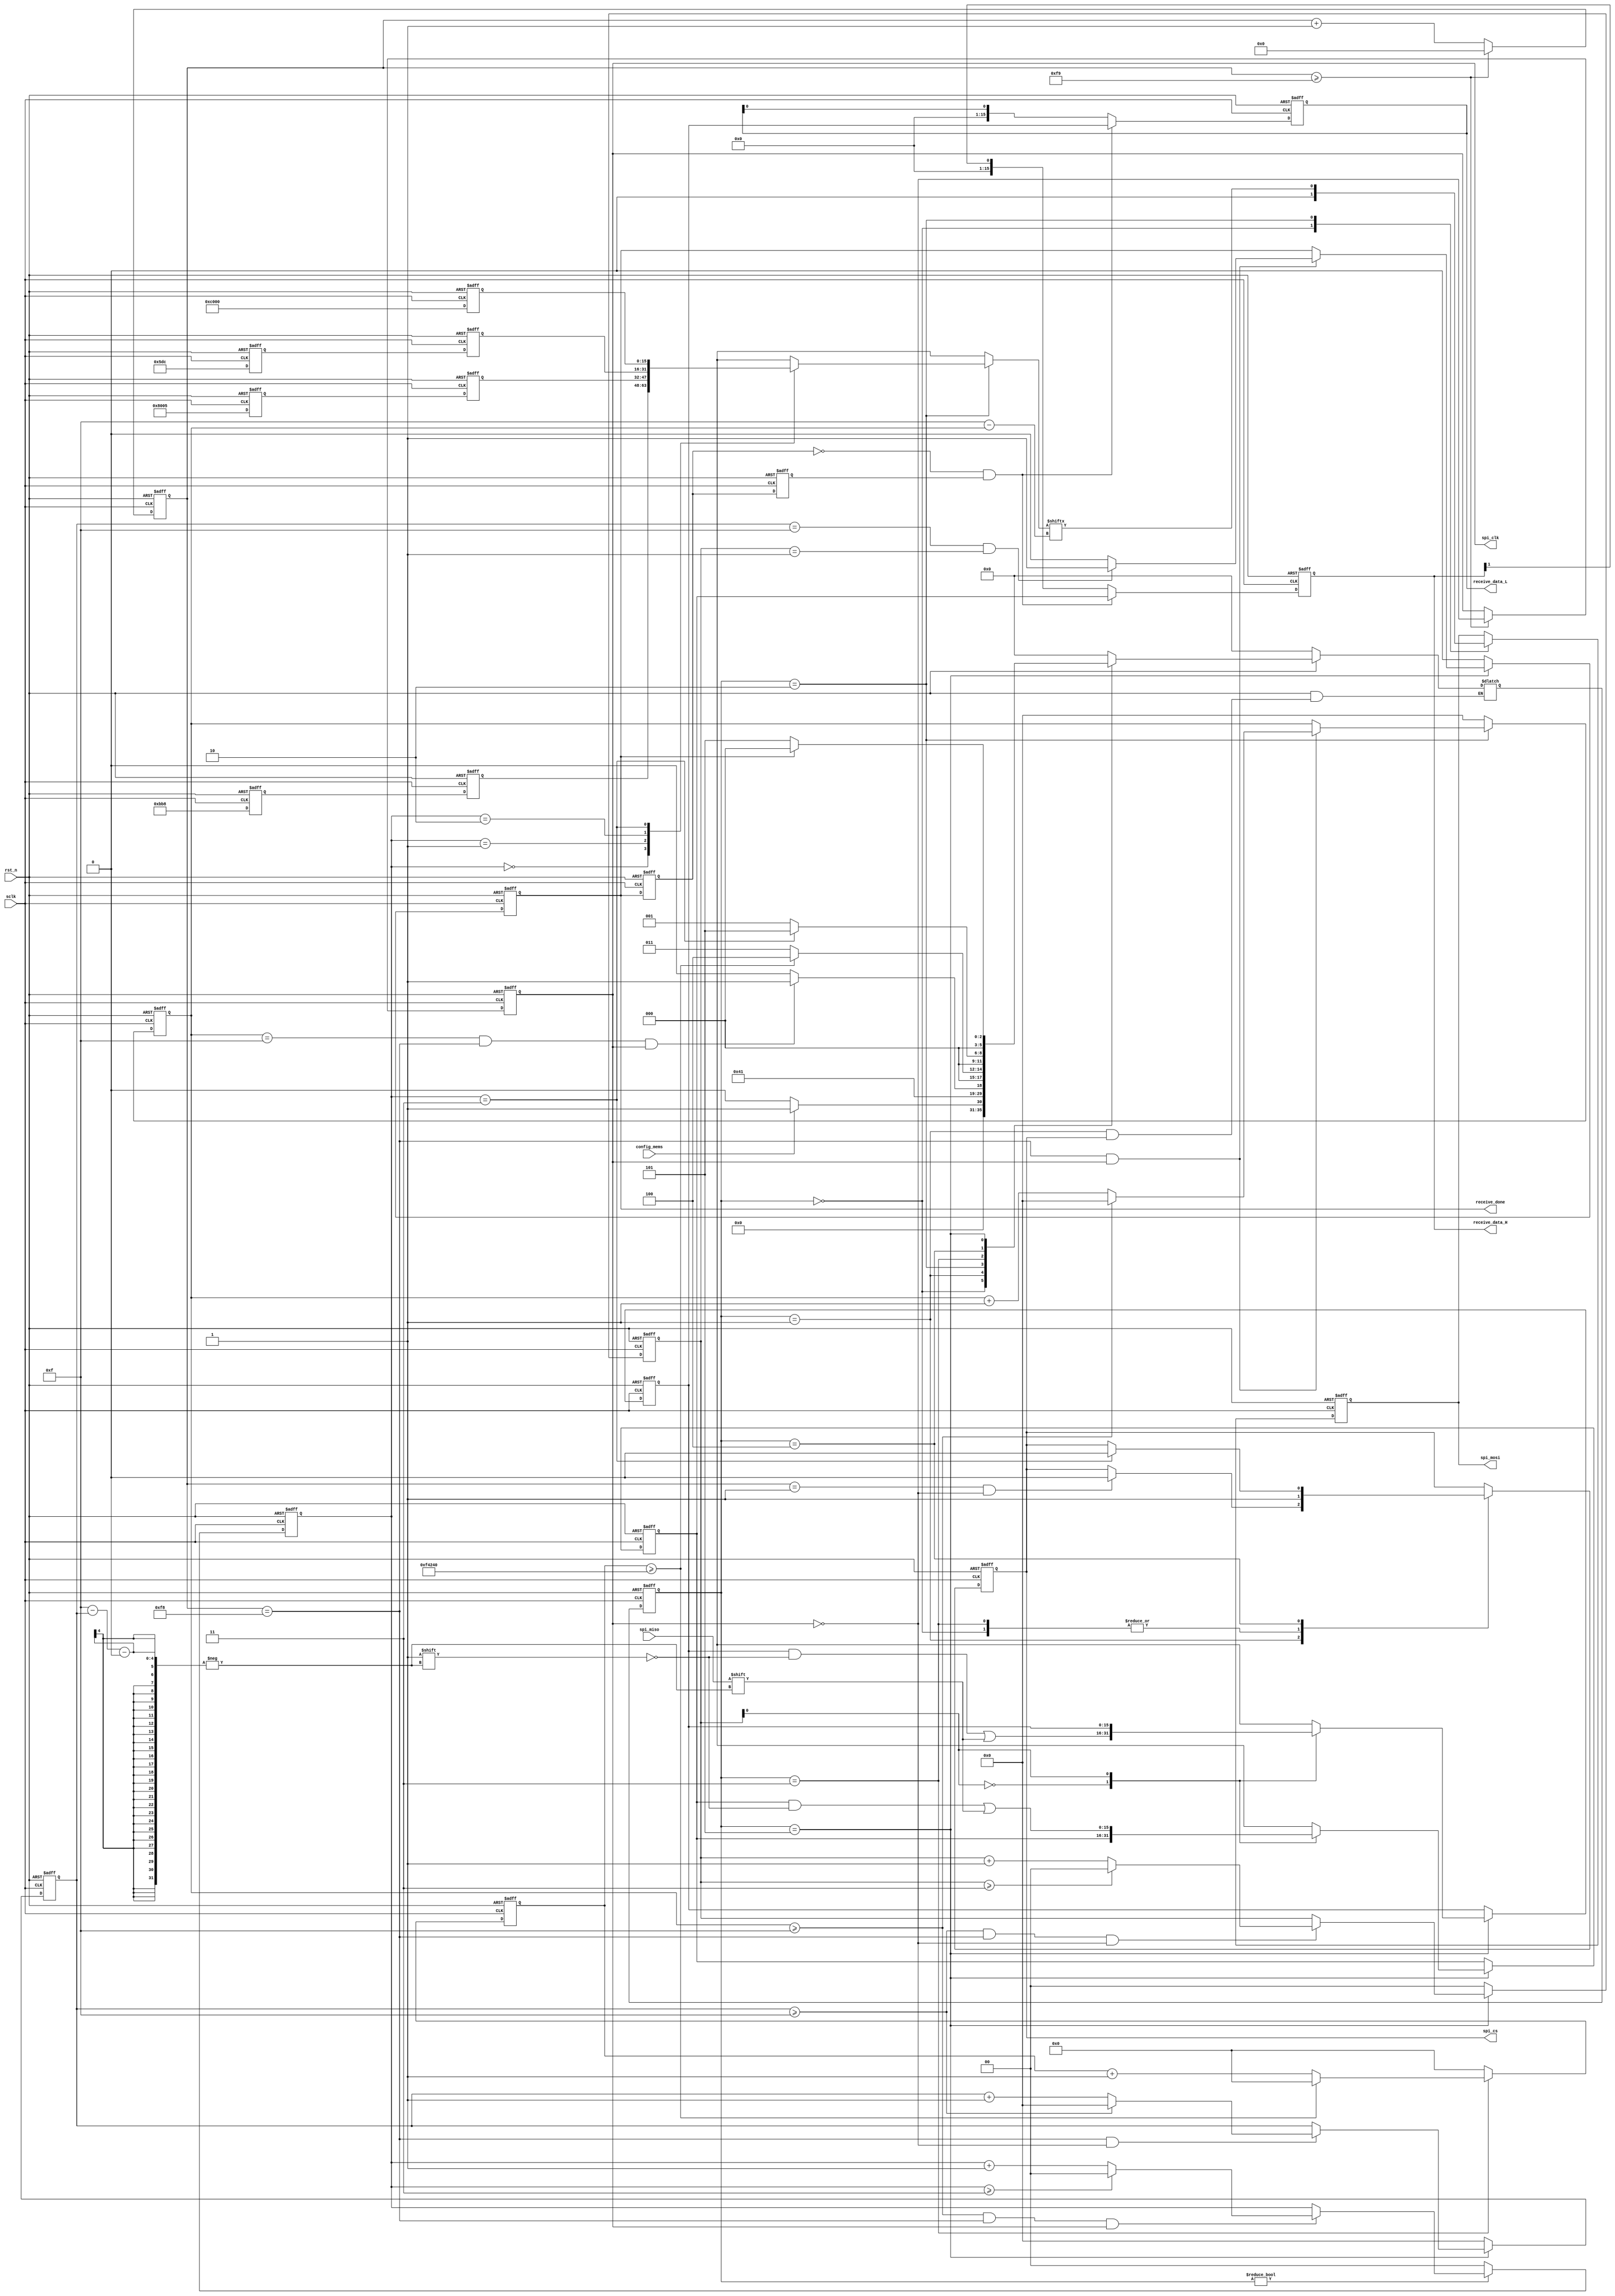
module spiCommunicate (
  input   wire    sclk,
  input   wire    rst_n,
  input   wire    spi_miso,
  input   wire    config_mems,
  output    reg   spi_mosi,
  output    reg   spi_clk,
  output    reg   receive_done,
  output    reg   [15:0]receive_data_L,
  output    reg   [15:0]receive_data_H,
  output    reg   spi_cs
  );



  /**********spi clk = 100k******/
  localparam  FLAG100K = 249;
  reg [7:0]cnt;
  always @ (posedge sclk or negedge rst_n) begin
    if (!rst_n) begin
      spi_clk<=1'b0;
      cnt<=1'B0;
    end else begin
      if (cnt>=FLAG100K) begin
        spi_clk<=~spi_clk;
        cnt<=1'b0;
      end else begin
        cnt<=cnt+1'b1;
      end
    end
  end
/*********send the data ************/
reg [15:0]angle_scan;
reg [15:0]angle_plus;
reg [15:0]angle_scope;
always @ (posedge sclk or negedge rst_n) begin
  if (!rst_n) begin
    angle_scan<=1'b0;
    angle_plus<=1'b0;
    angle_scope<=1'b0;
  end else begin
    angle_scan<=16'h0BB8;
    angle_plus<=16'h8005;
    angle_scope<=16'h05DC;
  end
end

reg [15:0]data[0:3];
always @ (posedge sclk or negedge rst_n) begin
  if (!rst_n) begin
   data[0]<=1'b0;
	 data[1]<=1'b0;
	 data[2]<=1'b0;
	 data[3]<=1'b0;
  end else begin
		data[0]<=angle_scan;
		data[1]<=angle_plus;
		data[2]<=angle_scope;
		data[3]<=16'hc000;
  end
end

reg [5:0]state_c;
reg [5:0]state_n;
always @ (posedge sclk or negedge rst_n) begin
  if (!rst_n) begin
    state_c<=1'b0;
  end else begin
    state_c<=state_n;
  end
end

localparam  IDLE = 6'b0,START=6'd1,  SEND = 6'd2,
            WAIT =6'd3, END=6'd4 ,RECEIVE=6'd5 ;

assign start_spi=config_mems;

always @ (*) begin
  if (!rst_n) begin
    state_n<=1'b0;
  end else begin
    case (state_c)
      IDLE:begin
          if (start_spi) begin
            state_n<=START;
          end else begin
            state_n<=IDLE;
          end
      end
      START:begin
        if (spi_cs==0) begin
            state_n<=SEND;
          end else begin
            state_n<=state_n;
          end
      end
      SEND:begin
        if (cnt_bit==4'd15&&(cnt==FLAG100K-1)&&spi_clk==1) begin
            state_n<=WAIT;
        end else begin
            state_n<=SEND;
        end
      end
      WAIT:begin
          if (cnt_wait>=24'd1_000_000) begin
              state_n<=END;
          end else begin
              state_n<=WAIT;
          end
      end
      END:begin
        if (cnt_data==3) begin
            state_n<=RECEIVE;
        end else begin
            state_n<=START;
        end
      end
      RECEIVE:begin
        if (receive_done) begin
          state_n<=IDLE;
        end else begin
          state_n<=RECEIVE;
        end
      end
      default:state_n<=IDLE ;
    endcase
  end
end
/********************receive done*****************/

always @ (posedge sclk or negedge rst_n) begin
  if (!rst_n) begin
    receive_done<=1'b0;
  end else begin
    if (state_c==RECEIVE) begin
      if (cnt==FLAG100K-1&&spi_clk) begin
        if (cnt_bit_r==4'd15&&cnt_data_r==2'd1) begin
            receive_done<=1'b1;
        end else begin
            receive_done<=1'b0;
        end
      end else begin
        receive_done<=receive_done;
      end
    end else begin
      receive_done<=1'b0;
    end
  end
end


/***delay 20ms send 16bit***/
reg [23:0]cnt_wait;
always @ (posedge sclk or negedge rst_n) begin
  if (!rst_n) begin
    cnt_wait<=1'b0;
  end else begin
    if (state_c==WAIT) begin
      if (cnt_wait>=24'd1_000_000) begin//delay 20ms
        cnt_wait<=1'b0;
      end else begin
        cnt_wait<=cnt_wait+1'b1;
      end
    end else begin
      cnt_wait<=1'b0;
    end
  end
end

/****************update the output config data************/
reg [15:0]r_data[0:1];
always @ (posedge sclk or negedge rst_n) begin
  if (!rst_n) begin
    spi_mosi<=1'b0;
    spi_cs<=1;
    r_data[0]<=1'b0;
	 r_data[1]<=1'b0;
  end else begin
    case (state_c)
      IDLE:begin
        spi_mosi<=1'b0;
        spi_cs<=1;
      end
      START:begin
        if (cnt==1&&spi_clk==0) begin
            spi_cs<=0;
          end else begin
            spi_cs<=spi_cs;
          end
        end
      SEND:begin
        spi_mosi<=data[cnt_data][4'd15-cnt_bit];
      end
      WAIT:begin
        spi_cs<=1;
        end
      END:begin
          if (cnt_data==3) begin
            spi_cs<=0;
          end
      end
      RECEIVE:begin
        r_data[cnt_data_r][4'd15-cnt_bit_r]<=spi_miso;
      end
      default: ;
    endcase
  end
end


reg [1:0]cnt_data;
always @ (posedge sclk or negedge rst_n) begin
  if (!rst_n) begin
    cnt_data<=1'b0;
  end else begin
    if (state_c!=IDLE) begin
      if ((cnt_bit>=4'd15)&&(cnt==FLAG100K-1)&&spi_clk==1) begin
        if (cnt_data>=3) begin//total send 4 data
          cnt_data<=1'b0;
        end else begin
          cnt_data<=cnt_data+1'b1;
        end
      end else begin
        cnt_data<=cnt_data;
      end
    end else begin
      cnt_data<=1'b0;
    end
  end
end

reg [1:0]cnt_data_r;
always @ (posedge sclk or negedge rst_n) begin
  if (!rst_n) begin
    cnt_data_r<=1'b0;
  end else begin
    if (state_c==RECEIVE) begin
      if ((cnt_bit_r>=4'd15)&&(cnt==FLAG100K-1)&&spi_clk==0) begin
        if (cnt_data_r>=3) begin//total send 4 data
          cnt_data_r<=1'b0;
        end else begin
          cnt_data_r<=cnt_data_r+1'b1;
        end
      end else begin
        cnt_data_r<=cnt_data_r;
      end
    end else begin
      cnt_data_r<=1'b0;
    end
  end
end

reg [3:0]cnt_bit;
always @ (posedge sclk or negedge rst_n) begin
  if (!rst_n) begin
    cnt_bit<=1'b0;
  end else begin
      if (state_c==SEND) begin
        if ((cnt==FLAG100K-1)&&spi_clk==1) begin//negedge of spi_clk
            if (cnt_bit>=4'd15) begin
              cnt_bit<=1'b0;
            end else begin
              cnt_bit<=cnt_bit+1'b1;
            end
        end else begin
          cnt_bit<=cnt_bit;
        end
      end else begin
        cnt_bit<=1'b0;
      end
  end
end

reg [3:0]cnt_bit_r;//read count that change in posedge spi_clk
always @ (posedge sclk or negedge rst_n) begin
  if (!rst_n) begin
    cnt_bit_r<=1'b0;
  end else begin
      if (state_c==RECEIVE) begin
        if ((cnt==FLAG100K-1)&&spi_clk==0) begin//negedge of spi_clk
            if (cnt_bit_r>=4'd15) begin
              cnt_bit_r<=1'b0;
            end else begin
              cnt_bit_r<=cnt_bit_r+1'b1;
            end
        end else begin
          cnt_bit_r<=cnt_bit_r;
        end
      end else begin
        cnt_bit_r<=1'b0;
      end
  end
end


reg done1;
reg done2;
always @ (posedge sclk or negedge rst_n) begin
  if (!rst_n) begin
    done1<=1'b0;
    done2<=1'b0;
  end else begin
    done1<=receive_done;
    done2<=done1;
  end
end

always @ (posedge sclk or negedge rst_n) begin
  if (!rst_n) begin
    receive_data_L<=1'b0;
    receive_data_H<=1'b0;
  end else begin
    if (done1==0&&done2==1) begin
      receive_data_L<=r_data[0];
      receive_data_H<=r_data[1];
    end else begin
      receive_data_L<=receive_data_L[0];
      receive_data_H<=receive_data_H[1];
    end
  end
end

endmodule